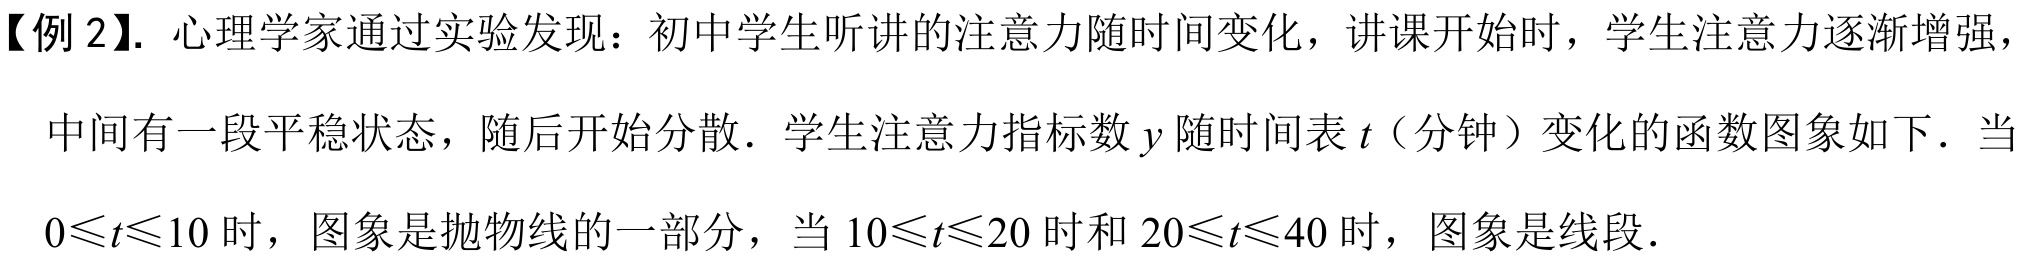
【例2】. 心理学家通过实验发现：初中学生听讲的注意力随时间变化，讲课开始时，学生注意力逐渐增强，
中间有一段平稳状态，随后开始分散．学生注意力指标数\(y\)随时间表\(t\)（分钟）变化的函数图象如下．当
\(0\leqslant t\leqslant10\)时，图象是抛物线的一部分，当\(10\leqslant t\leqslant20\)时和\(20\leqslant t\leqslant40\)时，图象是线段．